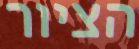
הציור